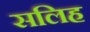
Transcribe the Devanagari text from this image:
सलिह